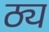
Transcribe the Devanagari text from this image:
ठ्य